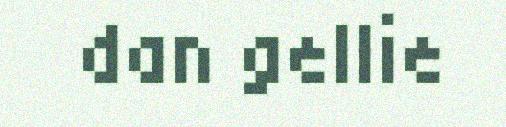
dan gellie